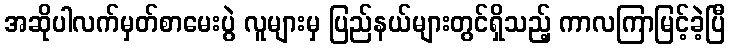
အဆိုပါလက်မှတ်စာမေးပွဲ လူများမှ ပြည်နယ်များတွင်ရှိသည့် ကာလကြာမြင့်ခဲ့ပြီ